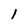
Character: 1